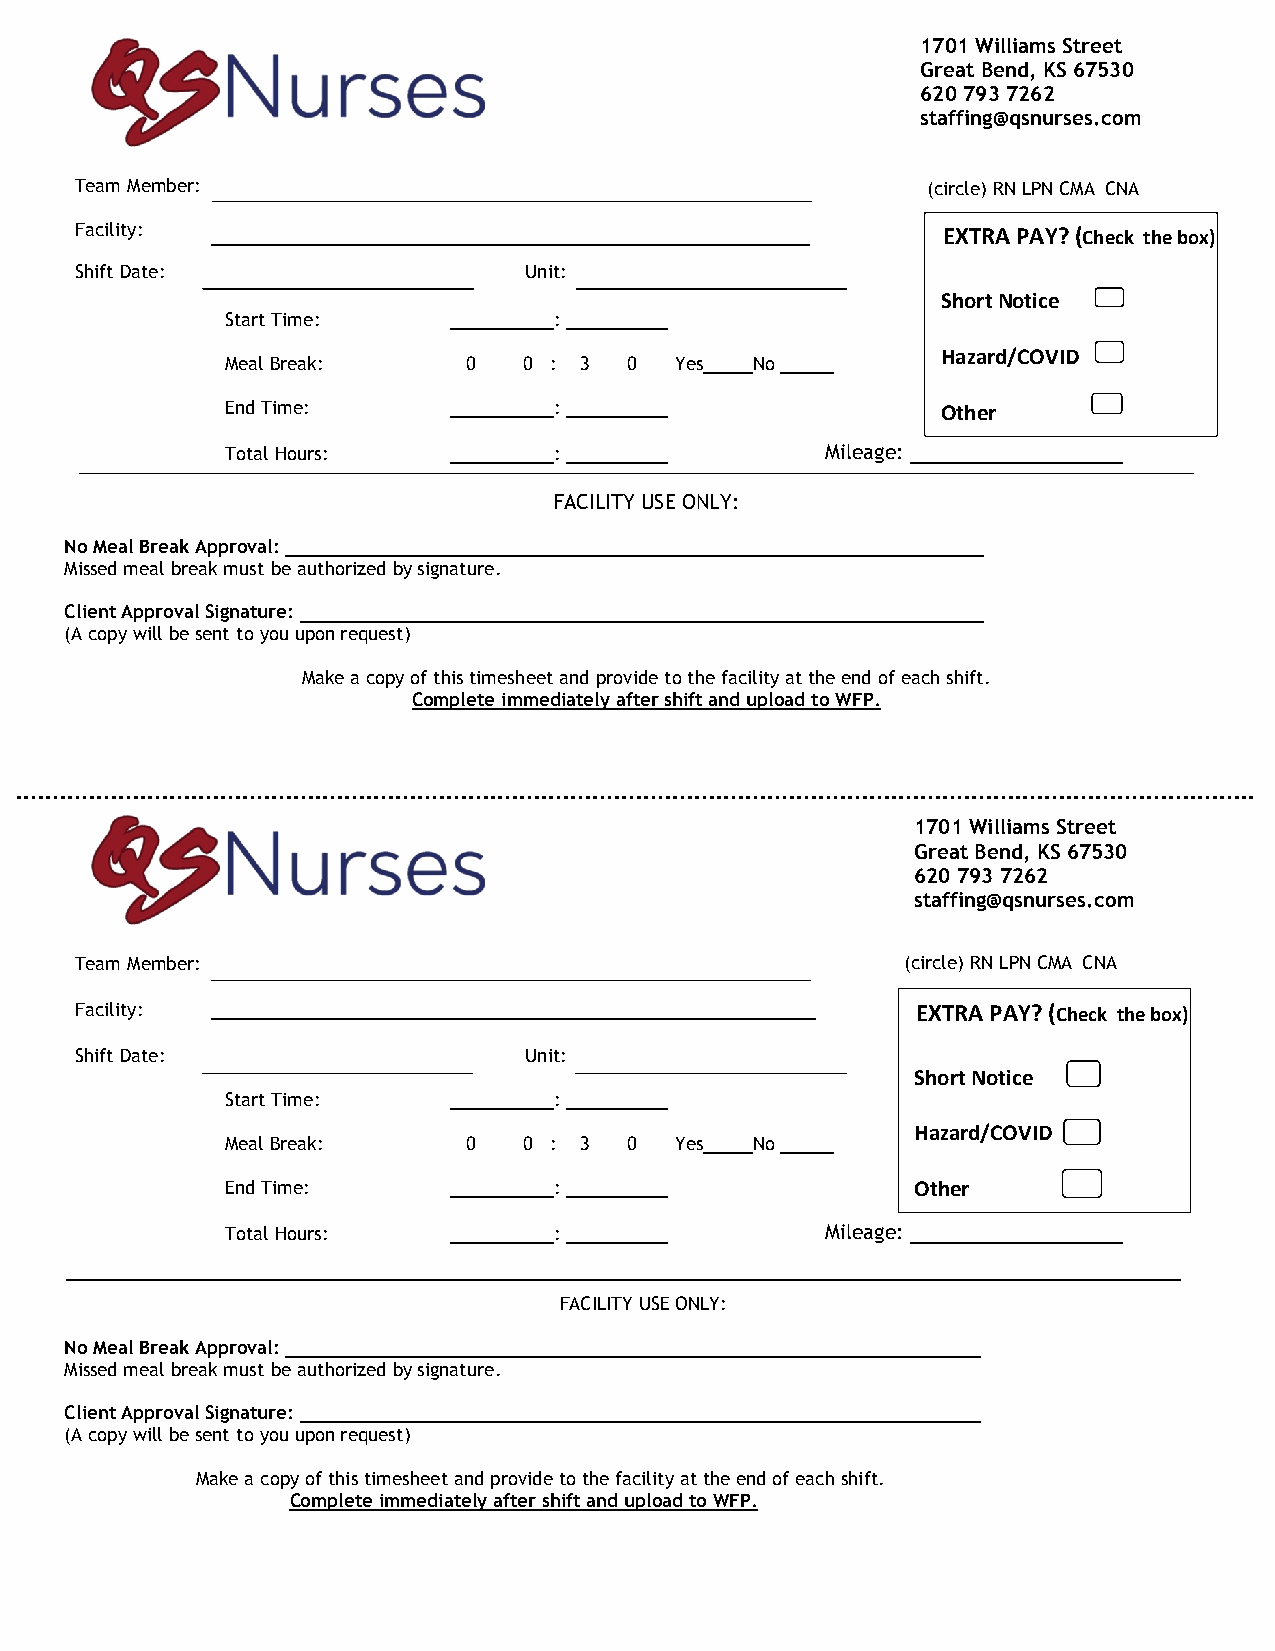
1701 Williams Street
 Great Bend, KS 67530
 620 793 7262
 staffing@qsnurses.com
 Team Member:                                            (circle) RN LPN CMA CNA
 Facility:                                                EXTRA PAY? (Check the box)
 Shift Date:                   Unit:
 Short Notice
 Start Time:           :
 Hazard/COVID
 Meal Break:     0   0 : 3 0   Yes  No
 End Time:             :                        Other
 Total Hours:          :                 Mileage:
 FACILITY USE ONLY:
 No Meal Break Approval:
 Missed meal break must be authorized by signature.
 Client Approval Signature:
 (A copy will be sent to you upon request)
 Make a copy of this timesheet and provide to the facility at the end of each shift.
 Complete immediately after shift and upload to WFP.
 1701 Williams Street
 Great Bend, KS 67530
 620 793 7262
 staffing@qsnurses.com
 Team Member:                                           (circle) RN LPN CMA CNA
 Facility:                                               EXTRA PAY? (Check the box)
 Shift Date:                   Unit:
 Short Notice
 Start Time:           :
 Hazard/COVID
 Meal Break:     0   0 : 3 0   Yes  No
 End Time:             :                       Other
 Total Hours:          :                 Mileage:
 FACILITY USE ONLY:
 No Meal Break Approval:
 Missed meal break must be authorized by signature.
 Client Approval Signature:
 (A copy will be sent to you upon request)
 Make a copy of this timesheet and provide to the facility at the end of each shift.
 Complete immediately after shift and upload to WFP.